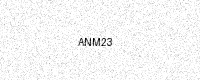
Text: ANM23